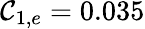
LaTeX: \mathcal{C}_{1,e}=0.035